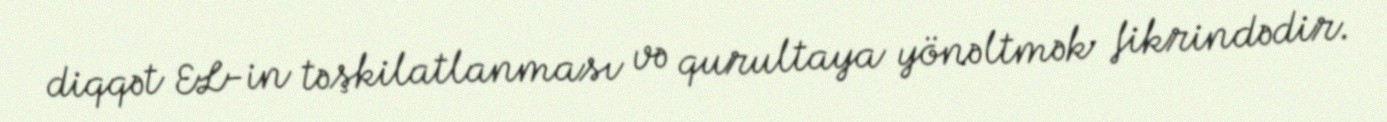
diqqət EL-in təşkilatlanması və qurultaya yönəltmək fikrindədir.